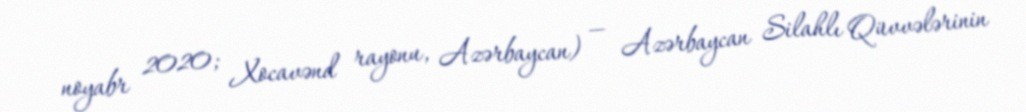
noyabr 2020; Xocavənd rayonu, Azərbaycan) — Azərbaycan Silahlı Qüvvələrinin